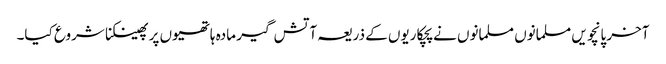
آخر پانچویں مسلمانوں مسلمانوں نے پچکاریوں کے ذریعہ آتش گیر مادہ ہاتھیوں پر پھینکنا شروع کیا۔